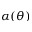
\alpha ( \theta )